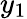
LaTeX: y_{1}